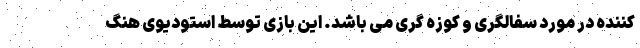
کننده در مورد سفالگری و کوزه گری می باشد. این بازی توسط استودیوی هنگ